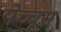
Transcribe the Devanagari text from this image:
येच्चूस